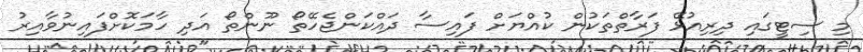
މި ސިޓީގައި ދިރިއުޅޭ ފަރާތްތަކުން ކުއްޔަށް ފައިސާ ދައްކަންޖެހޭތޯ ނޫންތޯ އަދި ހާމަކޮށްފައިނުވާއިރު